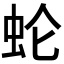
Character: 𰲰